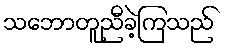
သဘောတူညီခဲ့ကြသည်